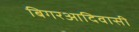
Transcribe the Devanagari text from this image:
बिगरआदिवासी